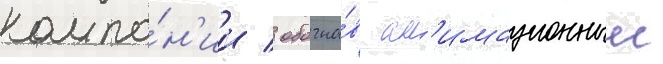
компа́н'ии / обогна́в ан'имационныи